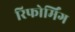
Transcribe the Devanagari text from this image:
रिफोर्मिंग